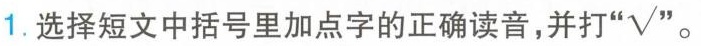
1.选择短文中括号里加点字的正确读音，并打"√"